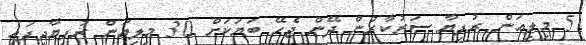
5 މިލިއަން ރުފިޔާ ސަރުކާރުން ދޭން ޖެހޭ ބަޔަކަށް 30 މިލިއަން ރުފިޔާދީފައި